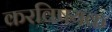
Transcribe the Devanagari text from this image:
करविषयक